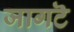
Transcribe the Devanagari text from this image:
जागटॆ